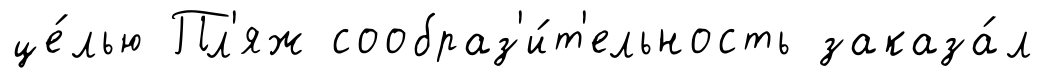
це́лью Пл'яж сообраз'и́т'ельность заказа́л